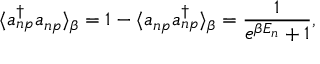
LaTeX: \langle a _ { n p } ^ { \dag } a _ { n p } \rangle _ { \beta } = 1 - \langle a _ { n p } a _ { n p } ^ { \dag } \rangle _ { \beta } = \frac { 1 } { e ^ { \beta E _ { n } } + 1 } , \nonumber